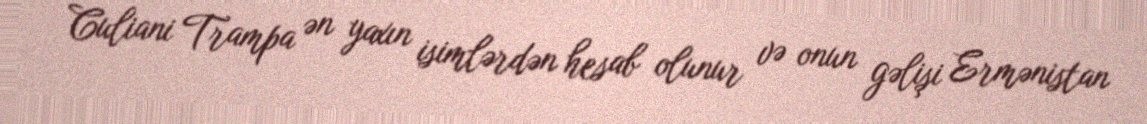
Culiani Trampa ən yaxın isimlərdən hesab olunur və onun gəlişi Ermənistan